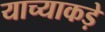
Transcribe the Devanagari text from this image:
याच्याकड़े